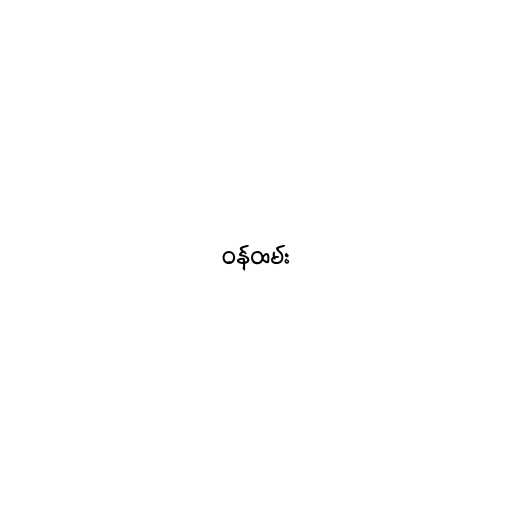
ဝန်ထမ်း